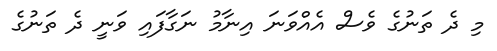
މި ދެ ތަނުގެ ވެސް އެއްވަނަ އިނާމު ނަގާފައި ވަނީ ދެ ތަނުގެ